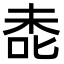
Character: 㖝